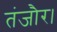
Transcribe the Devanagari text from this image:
तंजौर।